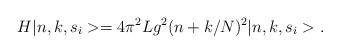
LaTeX: \begin{align*}H\vert n,k,s_i>=4\pi^2 Lg^2(n+k/N)^2\vert n,k,s_i>.\end{align*}